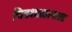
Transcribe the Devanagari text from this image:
चित्रशाळामाता